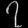
Digit: ၇